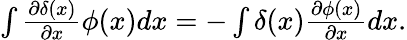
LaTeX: \begin{array}{r}{\int\frac{\partial\delta(x)}{\partial x}\phi(x)dx=-\int\delta(x)\frac{\partial\phi(x)}{\partial x}dx.}\end{array}